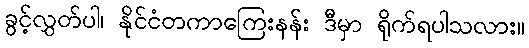
ခွင့်လွှတ်ပါ၊ နိုင်ငံတကာကြေးနန်း ဒီမှာ ရိုက်ရပါသလား။